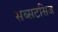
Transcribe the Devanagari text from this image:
सब्सटसिज